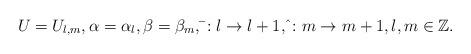
LaTeX: \begin{align*} U=U_{l,m}, \alpha=\alpha_l, \beta=\beta_m, \bar{ }:l\to l+1, \hat{ }:m\to m+1, l,m\in\mathbb{Z}.\end{align*}